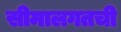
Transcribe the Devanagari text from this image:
सीमालगतची